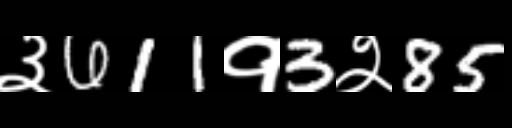
Text: ३611१3२85